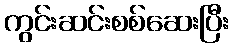
ကွင်းဆင်းစစ်ဆေးပြီး